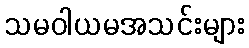
သမဝါယမအသင်းများ